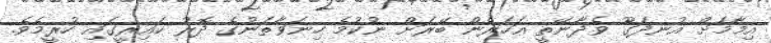
އިމާމަށް އުނދަގޫ ވެދާނޭތީ އަހަރެން ބޭރަށް ނުކުމެ ހިނަވާތަނުގެ ދޮރު ކައިރީގައި ހުރީމެވެ.